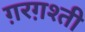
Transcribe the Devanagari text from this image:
ग़रग़श्ती